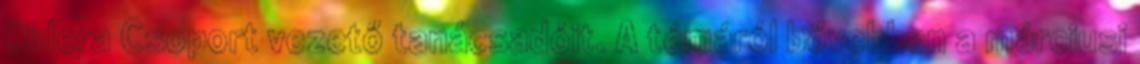
Sidera Csoport vezető tanácsadóit. A témáról bővebben a márciusi